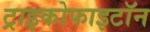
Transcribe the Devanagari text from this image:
ट्राइकोफाइटॉन